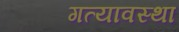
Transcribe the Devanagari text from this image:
गत्यावस्था